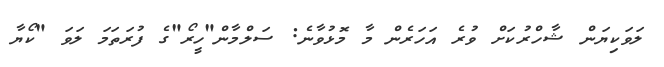
ލަވަކިޔަން ޝާހްރުކަށް ވުރެ އަހަރެން މާ މޮޅުވާނެ: ސަލްމާން"ހީރޯ"ގެ ފުރަތަމަ ލަވަ "ކޯޔާ